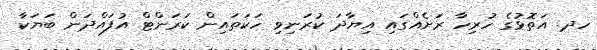
ހދ. އަތޮޅުގެ ހުރިހާ ރަށެއްގައި އިޔާދަ ކުރަނިވި ހަކަތައިން ކަރަންޓް އުފައްދަން ބަޔަކާ